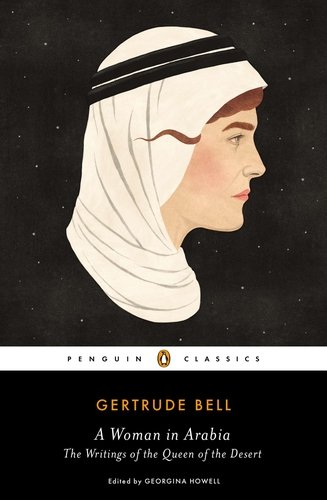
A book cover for A Woman in Arabia: The Writings of the Queen of the Desert (Penguin Classics); Gertrude Bell; Biographies & Memoirs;